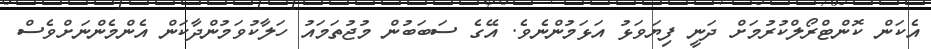
އެކަން ކޮންޓްރޯލްކުރުމަށް ދަނީ ފިޔަވަޅު އަޅަމުންނެވެ. އޭގެ ސަބަބުން މުޖުތަމައު ހަލާކުވަމުންދާކަން އެންމެންނަށްވެސް